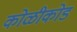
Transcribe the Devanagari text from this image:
कोळीकोड